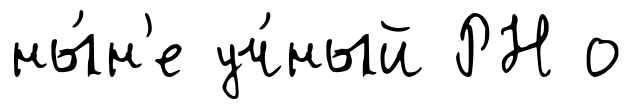
ны́н'е уч́ный РН о